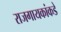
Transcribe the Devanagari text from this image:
राजगायकांकडे